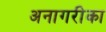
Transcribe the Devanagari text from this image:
अनागरीका